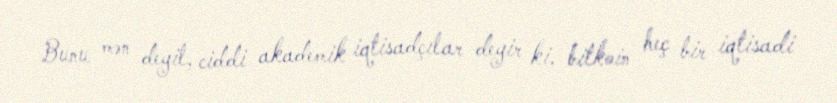
Bunu mən deyil, ciddi akademik iqtisadçılar deyir ki, bitkoin heç bir iqtisadi